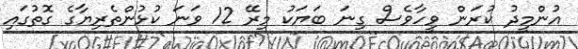
އުންމީދު ކުރަން ވީހާވެސް ގިނަ ބަޔަކު މިރޭ 12 ވަނަ ކުޅުންތެރިޔާގެ ގޮތުގައި